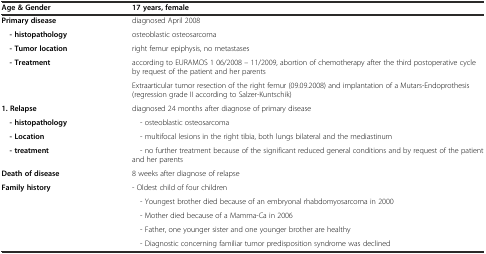
<table><thead><tr><td><b>Age &amp; Gender</b></td><td><b>17 years, female</b></td></tr></thead><tbody><tr><td><b>Primary disease</b></td><td>diagnosed April 2008</td></tr><tr><td> <b>- histopathology</b></td><td>osteoblastic osteosarcoma</td></tr><tr><td> <b>- Tumor location</b></td><td>right femur epiphysis, no metastases</td></tr><tr><td rowspan="2"> <b>- Treatment</b></td><td>according to EURAMOS 1 06/2008 – 11/2009, abortion of chemotherapy after the third postoperative cycle by request of the patient and her parents</td></tr><tr><td>Extraarticular tumor resection of the right femur (09.09.2008) and implantation of a Mutars-Endoprothesis (regression grade II according to Salzer-Kuntschik)</td></tr><tr><td><b>1. Relapse</b></td><td>diagnosed 24 months after diagnose of primary disease</td></tr><tr><td> <b>- histopathology</b></td><td> - osteoblastic osteosarcoma</td></tr><tr><td> <b>- Location</b></td><td> - multifocal lesions in the right tibia, both lungs bilateral and the mediastinum</td></tr><tr><td> <b>- treatment</b></td><td> - no further treatment because of the significant reduced general conditions and by request of the patient and her parents</td></tr><tr><td><b>Death of disease</b></td><td>8 weeks after diagnose of relapse</td></tr><tr><td rowspan="5"><b>Family history</b></td><td>- Oldest child of four children</td></tr><tr><td> - Youngest brother died because of an embryonal rhabdomyosarcoma in 2000</td></tr><tr><td> - Mother died because of a Mamma-Ca in 2006</td></tr><tr><td> - Father, one younger sister and one younger brother are healthy</td></tr><tr><td> - Diagnostic concerning familiar tumor predisposition syndrome was declined</td></tr></tbody></table>